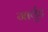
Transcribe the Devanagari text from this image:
गार्वुड